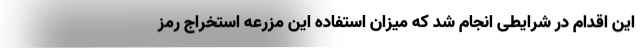
این اقدام در شرایطی انجام شد که میزان استفاده این مزرعه استخراج رمز